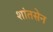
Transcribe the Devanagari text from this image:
शांतसेन